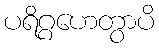
ပရိဂ္ဂဟေတွာပိ